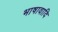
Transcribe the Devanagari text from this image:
भाषावादि